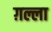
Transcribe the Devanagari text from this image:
ग़ल्ला